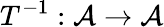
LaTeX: T^{-1}:{\mathcal{A}}\to{\mathcal{A}}